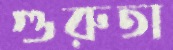
গুরুতা